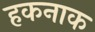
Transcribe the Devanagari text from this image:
हकनाक